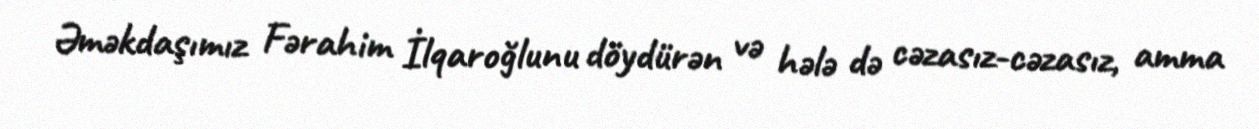
Əməkdaşımız Fərahim İlqaroğlunu döydürən və hələ də cəzasız-cəzasız, amma